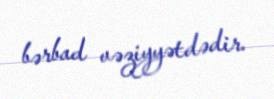
bərbad vəziyyətdədir.